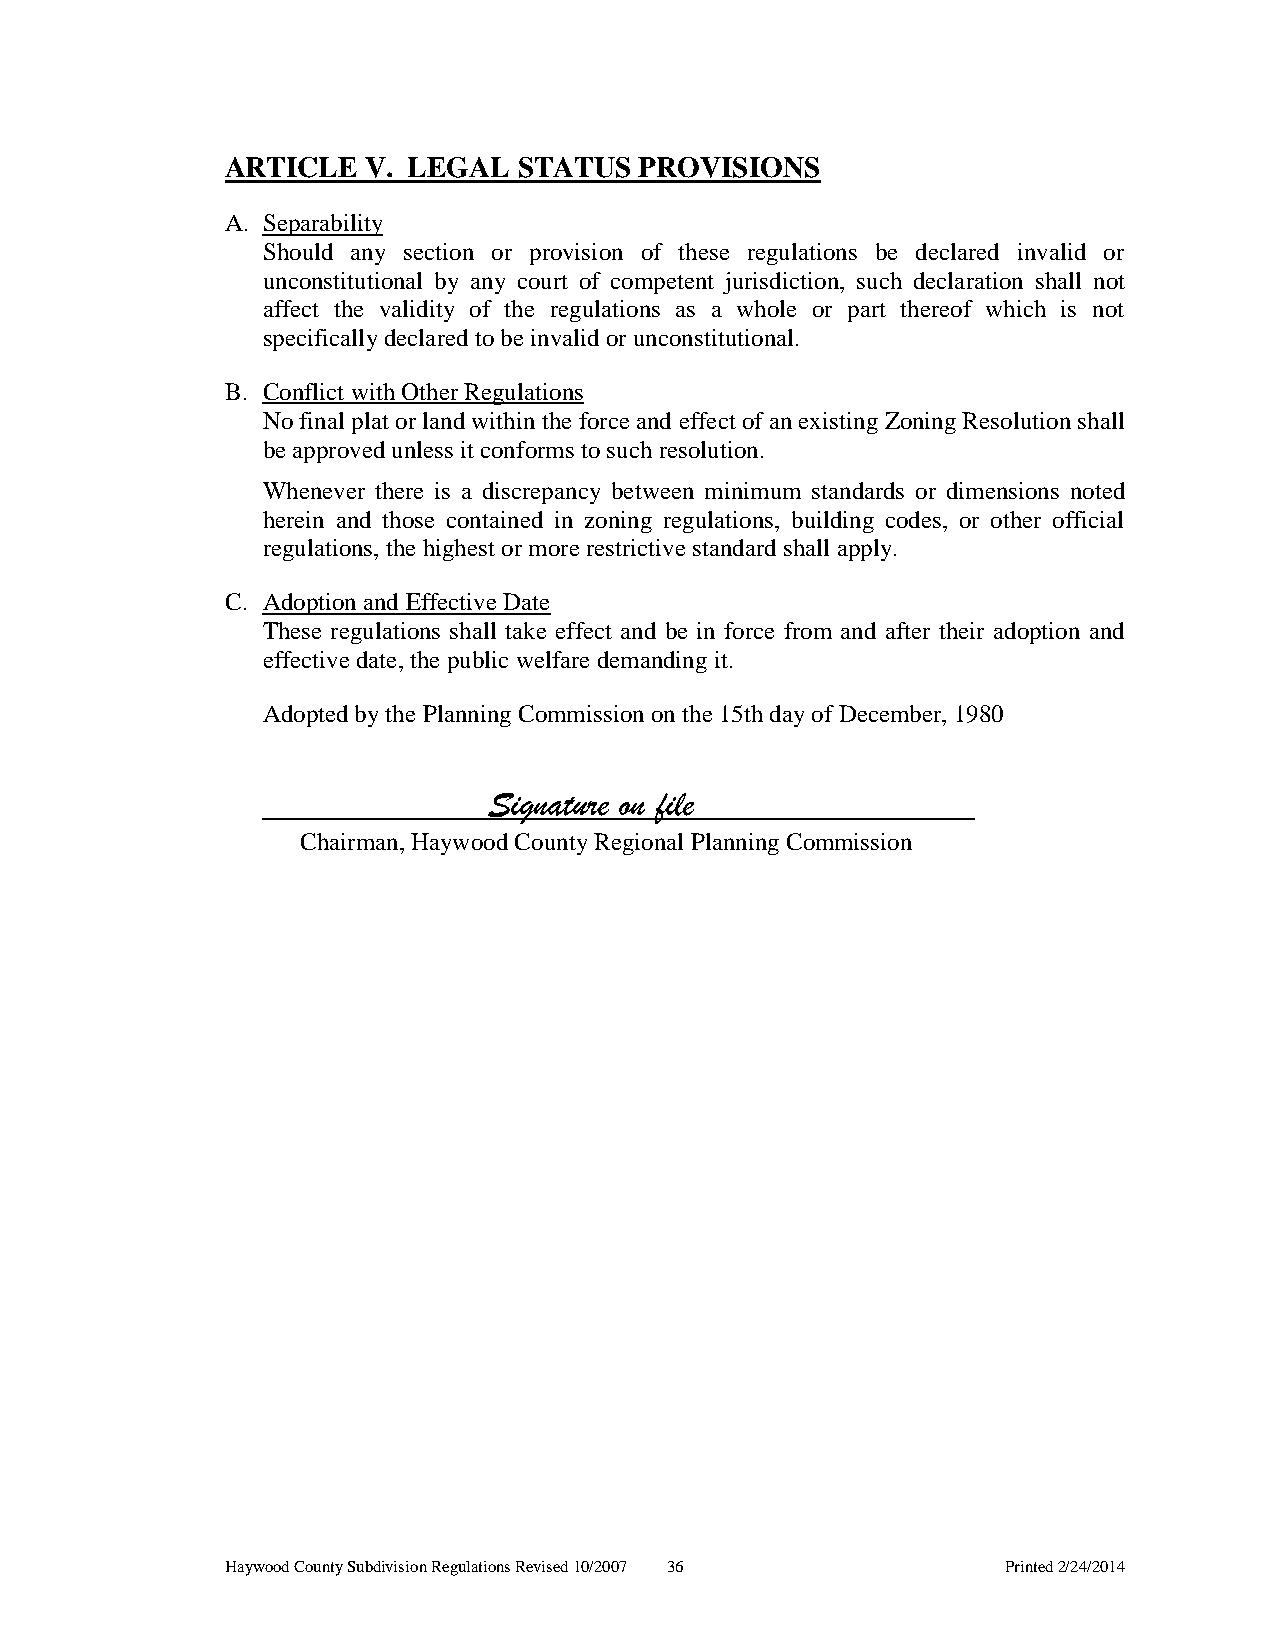
ARTICLE  V. LEGAL  STATUS  PROVISIONS
 A. Separability
 Should any section or provision of these regulations be declared invalid or
 unconstitutional by any court of competent jurisdiction, such declaration shall not
 affect the validity of the regulations as a whole or part thereof which is not
 specifically declared to be invalid or unconstitutional.
 B. Conflict with Other Regulations
 No final plat or land within the force and effect of an existing Zoning Resolution shall
 be approved unless it conforms to such resolution.
 Whenever there is a discrepancy between minimum standards or dimensions noted
 herein and those contained in zoning regulations, building codes, or other official
 regulations, the highest or more restrictive standard shall apply.
 C. Adoption and Effective Date
 These regulations shall take effect and be in force from and after their adoption and
 effective date, the public welfare demanding it.
 Adopted by the Planning Commission on the 15th day of December, 1980
 Signature on file
 Chairman, Haywood County Regional Planning Commission
 Haywood County Subdivision Regulations Revised 10/2007 36 Printed 2/24/2014